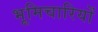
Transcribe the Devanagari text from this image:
भूमिचारियों